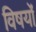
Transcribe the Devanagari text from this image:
विषयोंं